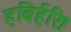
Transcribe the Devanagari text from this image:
हविर्हरिः।